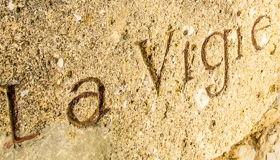
La Vigie